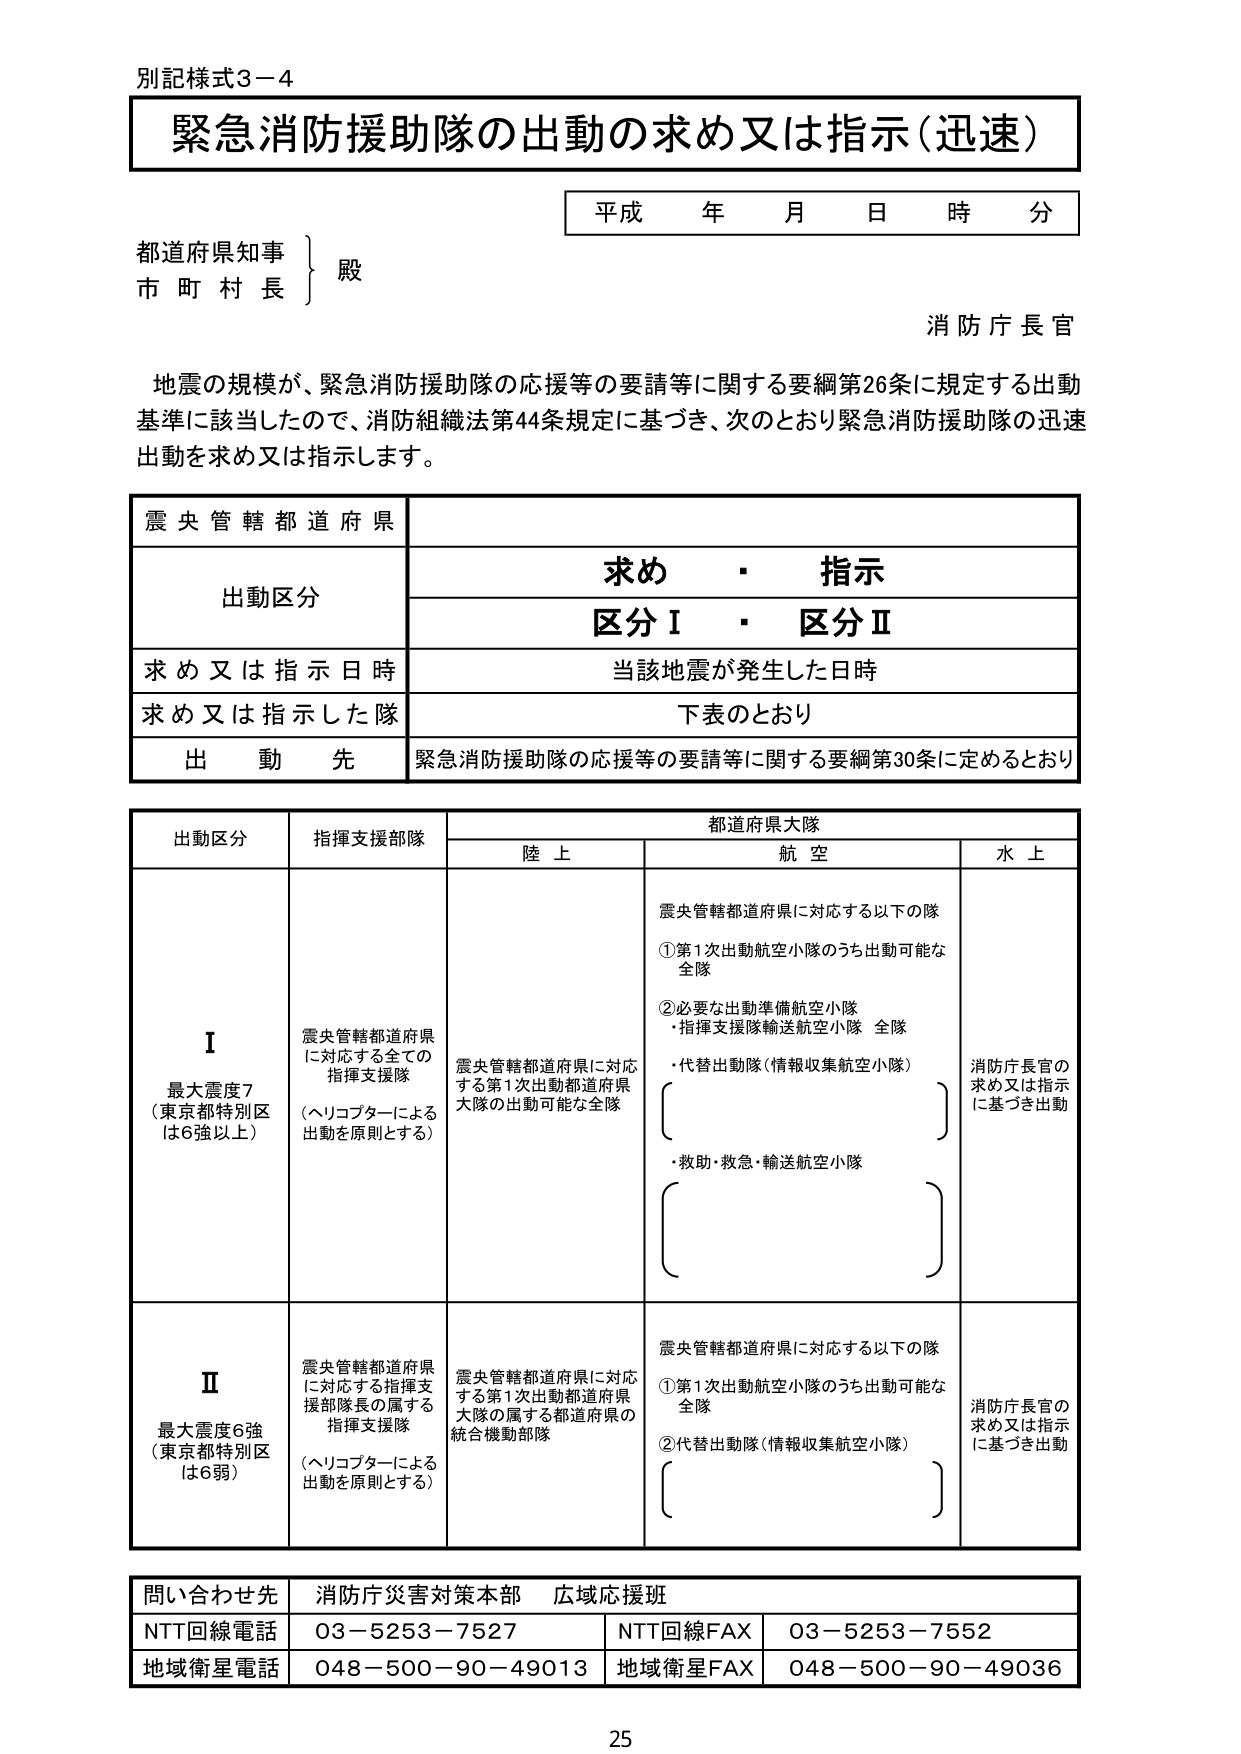
別記様式3－4

緊急消防援助隊の出動の求め又は指示（迅速）

平成 年 月 日 時 分

都道府県知事
市町村長
　　　　殿

消防庁長官

地震の規模が、緊急消防援助隊の応援等の要請等に関する要綱第26条に規定する出動
基準に該当したので、消防組織法第44条規定に基づき、次のとおり緊急消防援助隊の迅速
出動を求め又は指示します。

震央管轄都道府県

出動区分　　　　　　　求め・指示
　　　　　　　　　　　区分Ⅰ・区分Ⅱ

求め又は指示日時　　　当該地震が発生した日時

求め又は指示した隊　　下表のとおり

出動先　　　　　　　　緊急消防援助隊の応援等の要請等に関する要綱第30条に定めるとおり

出動区分　　　　指揮支援部隊　　　　　　　　都道府県大隊
　　　　　　　　　　　　　　　　　　陸上　　　　　　航空　　　　　　水上

Ⅰ
最大震度7
（東京都特別区
は6強以上）　　震央管轄都道府県
に対応する全ての
指揮支援隊
（ヘリコプターによる
出動を原則とする）　　震央管轄都道府県に対応
する第1次出動都道府県
大隊の出動可能な全隊　　震央管轄都道府県に対応する以下の隊
①第1次出動航空小隊のうち出動可能な
全隊
②必要な出動準備航空小隊
・指揮支援隊輸送航空小隊 全隊
・代替出動隊（情報収集航空小隊）
　　　　　　　　　　　　　　　　　　　　　　　　　　　　消防庁長官の
　　　　　　　　　　　　　　　　　　　　　　　　　　　　求め又は指示
　　　　　　　　　　　　　　　　　　　　　　　　　　　　に基づき出動
・救助・救急・輸送航空小隊

Ⅱ
最大震度6強
（東京都特別区
は6弱）　　　　震央管轄都道府県
に対応する指揮支
援部隊長の属する
指揮支援隊
（ヘリコプターによる
出動を原則とする）　　震央管轄都道府県に対応
する第1次出動都道府県
大隊の属する都道府県の
統合機動部隊　　震央管轄都道府県に対応する以下の隊
①第1次出動航空小隊のうち出動可能な
全隊
②代替出動隊（情報収集航空小隊）
　　　　　　　　　　　　　　　　　　　　　　　　　　　　消防庁長官の
　　　　　　　　　　　　　　　　　　　　　　　　　　　　求め又は指示
　　　　　　　　　　　　　　　　　　　　　　　　　　　　に基づき出動

問い合わせ先　　消防庁災害対策本部 広域応援班

NTT回線電話　　03－5253－7527　　　　NTT回線FAX　　03－5253－7552

地域衛星電話　　048－500－90－49013　　地域衛星FAX　　048－500－90－49036

25